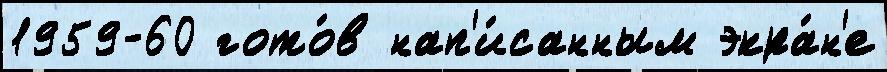
1959-60 гото́в нап'и́санным экра́н'е